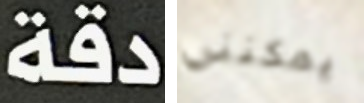
دقة يمكنني